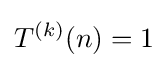
T^{(k)}(n)=1